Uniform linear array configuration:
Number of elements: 8
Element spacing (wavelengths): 1
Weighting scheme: blackman
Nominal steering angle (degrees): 30
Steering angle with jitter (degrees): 31.794
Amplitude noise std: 0.05
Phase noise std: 0.05

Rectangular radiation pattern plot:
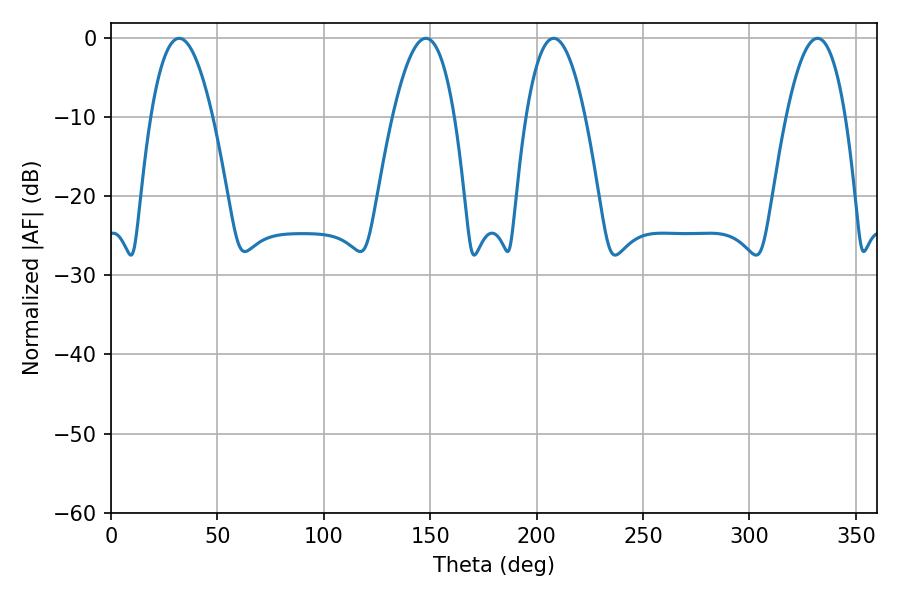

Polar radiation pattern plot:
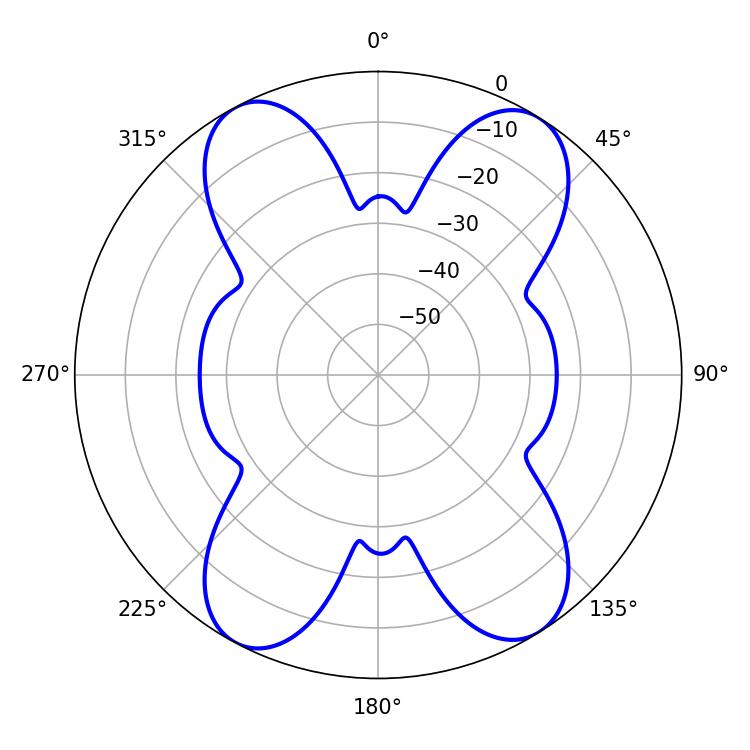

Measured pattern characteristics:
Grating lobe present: TRUE
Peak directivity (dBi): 16.087
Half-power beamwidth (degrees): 15.84
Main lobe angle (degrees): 32.04